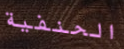
الحنفية